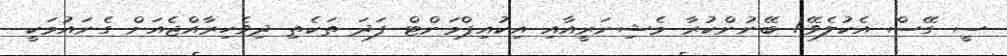
ސީ ގޭސް އެކުލެވޭ/ ބޭނުންކުރާ މެޝިނަރީއާއި އިކުއިޕްމަންޓް ފަދަ ތަކެތި ދިވެހިރާއްޖެއަށް ގެނައުމަކީ